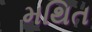
મથિત